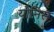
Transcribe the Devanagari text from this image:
योनिस